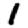
Digit: 1